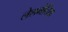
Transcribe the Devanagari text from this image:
लेशमेनिया